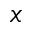
x